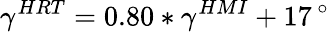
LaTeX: \gamma^{HRT}=0.80\ast\gamma^{HMI}+17\, ^{\circ}